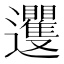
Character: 䢲